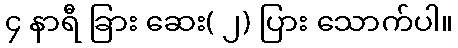
၄ နာရီ ခြား ဆေး( ၂) ပြား သောက်ပါ။